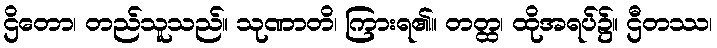
ဌိတော၊ တည်သူသည်။ သုဏာတိ၊ ကြားရ၏။ တတ္ထ၊ ထိုအရပ်၌။ ဌီတဿ၊